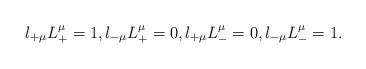
LaTeX: \begin{align*} l_{+\mu}L_+^\mu=1,l_{-\mu}L_+^\mu=0,l_{+\mu}L_-^\mu=0,l_{-\mu}L_-^\mu=1.\end{align*}